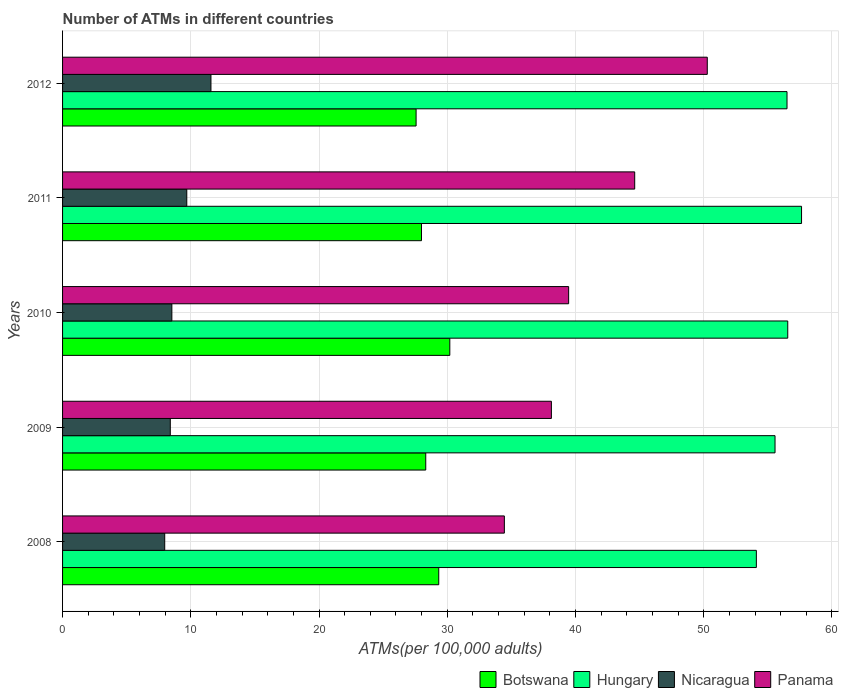
| Years | Botswana | Hungary | Nicaragua | Panama |
 | --- | --- | --- | --- | --- |
 | 2008 | 29.3 | 54.1 | 7.97 | 34.5 |
 | 2009 | 28.3 | 55.6 | 8.4 | 38.1 |
 | 2010 | 30.2 | 56.6 | 8.52 | 39.5 |
 | 2011 | 28 | 57.6 | 9.69 | 44.6 |
 | 2012 | 27.6 | 56.5 | 11.6 | 50.3 |